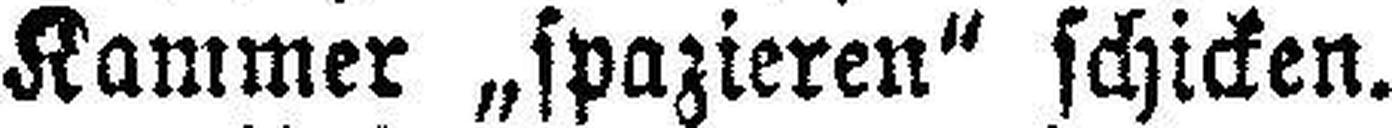
Kammer „spazieren" schicken.